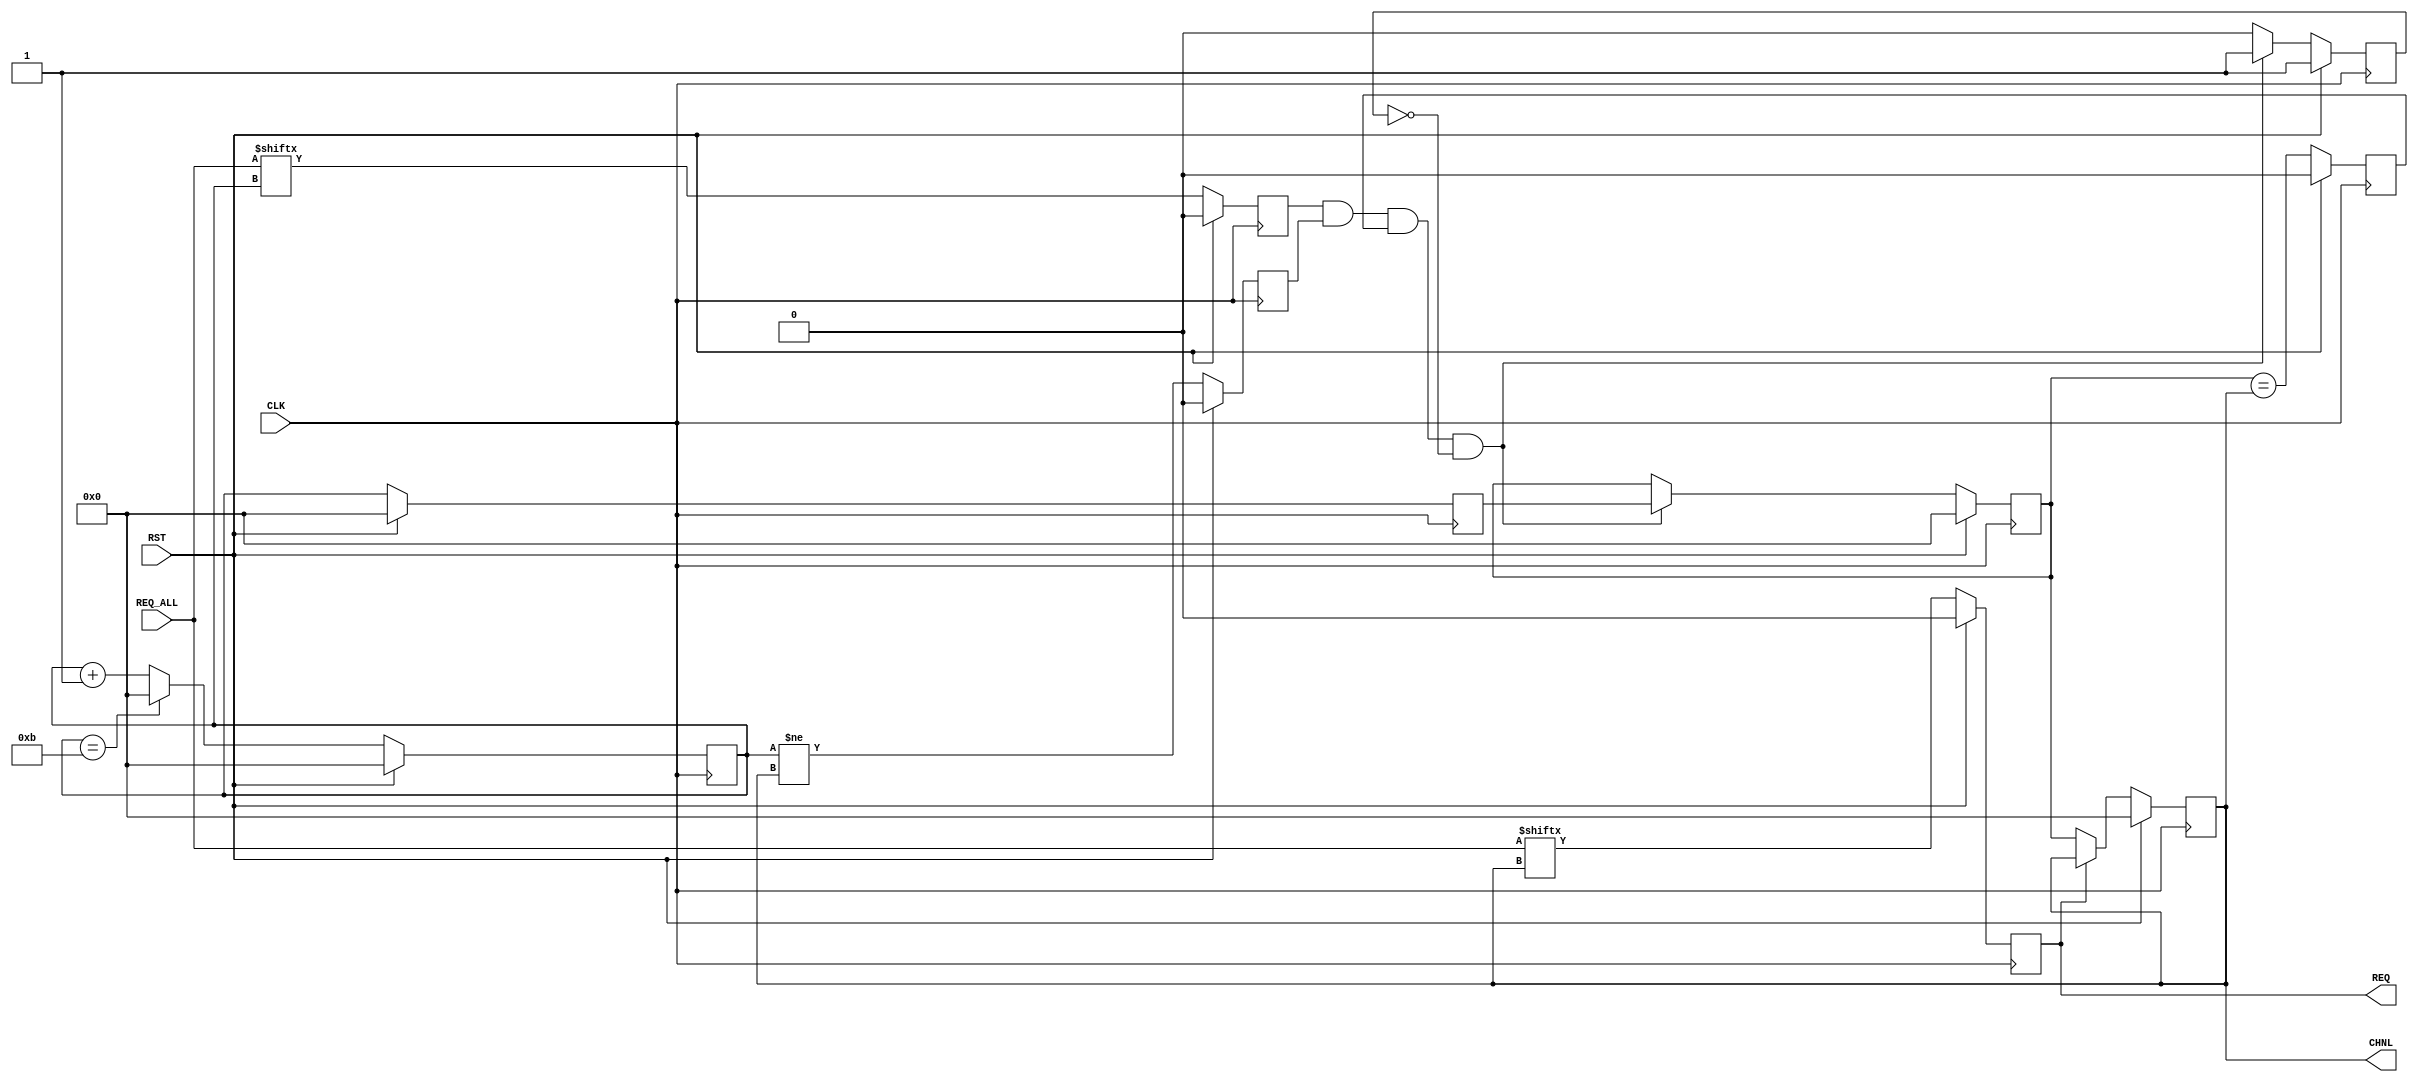
// ----------------------------------------------------------------------
// Copyright (c) 2016, The Regents of the University of California All
// rights reserved.
// 
// Redistribution and use in source and binary forms, with or without
// modification, are permitted provided that the following conditions are
// met:
// 
//     * Redistributions of source code must retain the above copyright
//       notice, this list of conditions and the following disclaimer.
// 
//     * Redistributions in binary form must reproduce the above
//       copyright notice, this list of conditions and the following
//       disclaimer in the documentation and/or other materials provided
//       with the distribution.
// 
//     * Neither the name of The Regents of the University of California
//       nor the names of its contributors may be used to endorse or
//       promote products derived from this software without specific
//       prior written permission.
// 
// THIS SOFTWARE IS PROVIDED BY THE COPYRIGHT HOLDERS AND CONTRIBUTORS
// "AS IS" AND ANY EXPRESS OR IMPLIED WARRANTIES, INCLUDING, BUT NOT
// LIMITED TO, THE IMPLIED WARRANTIES OF MERCHANTABILITY AND FITNESS FOR
// A PARTICULAR PURPOSE ARE DISCLAIMED. IN NO EVENT SHALL REGENTS OF THE
// UNIVERSITY OF CALIFORNIA BE LIABLE FOR ANY DIRECT, INDIRECT,
// INCIDENTAL, SPECIAL, EXEMPLARY, OR CONSEQUENTIAL DAMAGES (INCLUDING,
// BUT NOT LIMITED TO, PROCUREMENT OF SUBSTITUTE GOODS OR SERVICES; LOSS
// OF USE, DATA, OR PROFITS; OR BUSINESS INTERRUPTION) HOWEVER CAUSED AND
// ON ANY THEORY OF LIABILITY, WHETHER IN CONTRACT, STRICT LIABILITY, OR
// TORT (INCLUDING NEGLIGENCE OR OTHERWISE) ARISING IN ANY WAY OUT OF THE
// USE OF THIS SOFTWARE, EVEN IF ADVISED OF THE POSSIBILITY OF SUCH
// DAMAGE.
// ----------------------------------------------------------------------
//----------------------------------------------------------------------------
// Version:             1.00.a
// Verilog Standard:    Verilog-2001
// Description:         Searches for read and write requests.
//                      PCIe Endpoint core.
// History:             @mattj: Version 2.0
// Additional Comments: 
//-----------------------------------------------------------------------------

`timescale 1ns/1ns
module tx_engine_selector 
    #(
      parameter C_NUM_CHNL = 4'd12
      )
    (
     input                  CLK,
     input                  RST,

     input [C_NUM_CHNL-1:0] REQ_ALL, // Write requests

     output                 REQ, // Write request
     output [3:0]           CHNL// Write channel
     );

    reg [3:0]               rReqChnl=0, _rReqChnl=0;
    reg [3:0]               rReqChnlNext=0, _rReqChnlNext=0;
    reg                     rReqChnlsSame=0, _rReqChnlsSame=0;
    reg [3:0]               rChnlNext=0, _rChnlNext=0;
    reg [3:0]               rChnlNextNext=0, _rChnlNextNext=0;
    reg                     rChnlNextDfrnt=0, _rChnlNextDfrnt=0;
    reg                     rChnlNextNextOn=0, _rChnlNextNextOn=0;
    wire                    wChnlNextNextOn;
    reg                     rReq=0, _rReq=0;
    wire                    wReq;// = (REQ_ALL>>(rReqChnl));
    reg                     rReqChnlNextUpdated=0, _rReqChnlNextUpdated=0;

    assign wReq = REQ_ALL[rReqChnl];
    assign wChnlNextNextOn = REQ_ALL[rChnlNextNext];
    assign REQ = rReq;
    assign CHNL = rReqChnl;


    // Search for the next request so that we can move onto it immediately after
    // the current channel has released its request.
    always @ (posedge CLK) begin
        rReq <= #1 (RST ? 1'd0 : _rReq);
        rReqChnl <= #1 (RST ? 4'd0 : _rReqChnl);
        rReqChnlNext <= #1 (RST ? 4'd0 : _rReqChnlNext);
        rChnlNext <= #1 (RST ? 4'd0 : _rChnlNext);
        rChnlNextNext <= #1 (RST ? 4'd0 : _rChnlNextNext);
        rChnlNextDfrnt <= #1 (RST ? 1'd0 : _rChnlNextDfrnt);
        rChnlNextNextOn <= #1 (RST ? 1'd0 : _rChnlNextNextOn);
        rReqChnlsSame <= #1 (RST ? 1'd0 : _rReqChnlsSame);
        rReqChnlNextUpdated <= #1 (RST ? 1'd1 : _rReqChnlNextUpdated);
    end

    always @ (*) begin
        // Go through each channel (RR), looking for requests
        _rChnlNextNextOn = wChnlNextNextOn;
        _rChnlNext = rChnlNextNext;
        _rChnlNextNext = (rChnlNextNext == C_NUM_CHNL - 1 ? 4'd0 : rChnlNextNext + 1'd1);
        _rChnlNextDfrnt = (rChnlNextNext != rReqChnl);
        _rReqChnlsSame = (rReqChnlNext == rReqChnl);

        // Save ready channel if it is not the same channel we're currently on
        if (rChnlNextNextOn & rChnlNextDfrnt & rReqChnlsSame & !rReqChnlNextUpdated) begin
            _rReqChnlNextUpdated = 1;
            _rReqChnlNext = rChnlNext;
        end
        else begin
            _rReqChnlNextUpdated = 0;
            _rReqChnlNext = rReqChnlNext;
        end
        
        // Assign the new channel
        _rReq = wReq;
        _rReqChnl = (!rReq ? rReqChnlNext : rReqChnl);
    end


endmodule